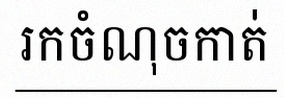
រកចំណុចកាត់